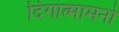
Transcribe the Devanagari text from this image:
दिगात्मामनो